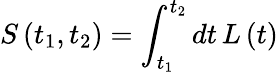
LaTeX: S\left(t_{1},t_{2}\right)=\int_{t_{1}}^{t_{2}}dt\, L\left(t\right)